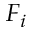
F _ { i }